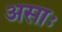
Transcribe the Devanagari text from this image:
असाः